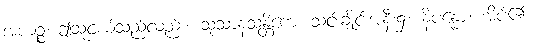
အယဉ္စ၊ ဤသူငယ်သည်လည်း။ သုသာနသန္တိကေ၊ သင်းချိုင်းအနီး၌။ နိပန္နော၊ အိပ်၏။